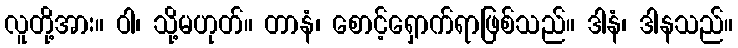
လူတို့အား။ ဝါ၊ သို့မဟုတ်။ တာနံ၊ စောင့်ရှောက်ရာဖြစ်သည်။ ဒါနံ၊ ဒါနသည်။